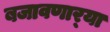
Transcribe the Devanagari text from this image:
बजावणार्‍या